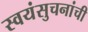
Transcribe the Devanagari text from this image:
स्वयंसुचनांची